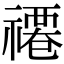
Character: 𮂗